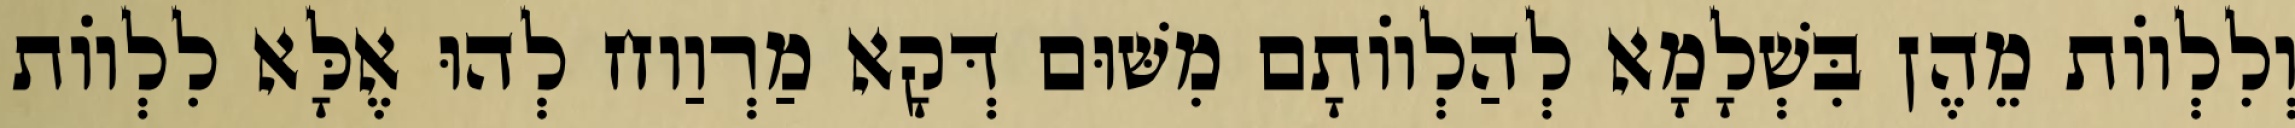
וְלִלְווֹת מֵהֶן בִּשְׁלָמָא לְהַלְווֹתָם מִשּׁוּם דְּקָא מַרְוַוח לְהוּ אֶלָּא לִלְווֹת